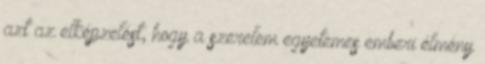
azt az elképzelést, hogy a szerelem egyetemes emberi élmény